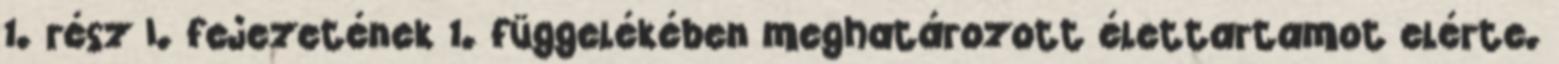
1. rész I. fejezetének 1. függelékében meghatározott élettartamot elérte.